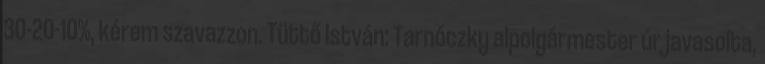
30-20-10%, kérem szavazzon. Tüttő István: Tarnóczky alpolgármester úr javasolta,